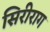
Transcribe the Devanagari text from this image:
सिरीराग